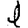
Digit: 1